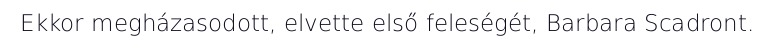
Ekkor megházasodott, elvette első feleségét, Barbara Scadront.